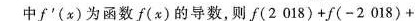
中f'(x) 为函数f(x)的导数，则f(2018)+f(-2018)+